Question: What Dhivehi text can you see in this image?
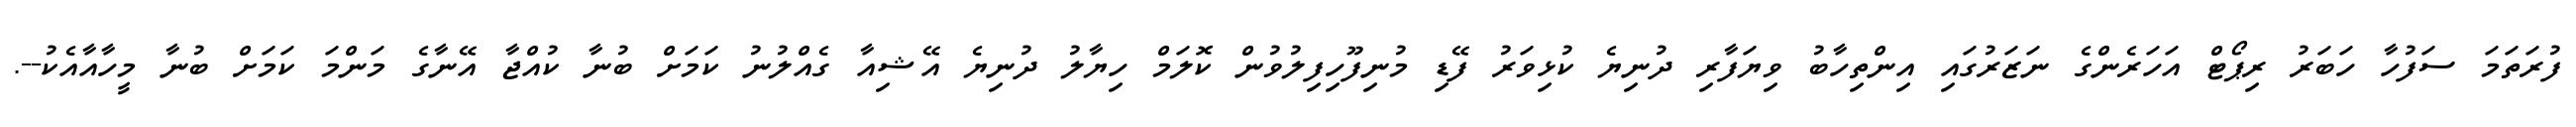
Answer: ފުރަތަމަ ސަފުހާ ހަބަރު ރިޕޯޓް އަހަރެންގެ ނަޒަރުގައި އިންތިހާބު ވިޔަފާރި ދުނިޔެ ކުޅިވަރު ފޭޑި މުނިފޫހިފިލުވުން ކޮލަމް ހިޔާލު ދުނިޔެ އޭޝިއާ ގެއްލުނު ކަމަށް ބުނާ ކުއްޖާ އޭނާގެ މަންމަ ކަމަށް ބުނާ މީހާއާއެކު--.